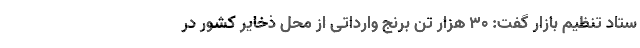
ستاد تنظیم بازار گفت: ۳۰ هزار تن برنج وارداتی از محل ذخایر کشور در